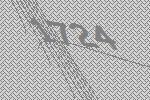
1724